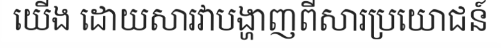
យើង ដោយសារវាបង្ហាញពីសារប្រយោជន៍